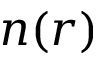
n ( r )